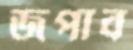
জপাব